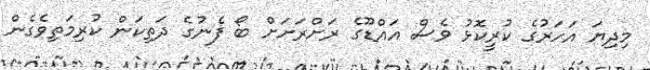
މިދިޔަ އަހަރުގެ ކުރީކޮޅު ވެސް އައްޑޫގެ ރަށްރަށަށް ބޯ ފެނުގެ ދަތިކަން ކުރިމަތިވެގެން